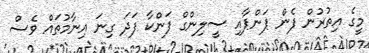
މީގެ އިތުރުން ފެން ޕަންޕާއި ސީލިންގް ފަންކާ ފަދަ ގިނަ އިނާމުތައް ވެސް